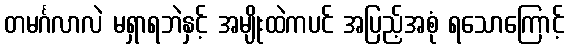
တမင်္ဂလာလဲ မရှာရဘဲနှင့် အမျိုးထဲကပင် အပြည့်အစုံ ရသောကြောင့်